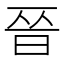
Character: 𫞄